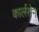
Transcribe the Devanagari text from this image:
कार्लसेन